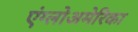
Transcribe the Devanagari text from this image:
एंग्लोअमेरिका